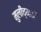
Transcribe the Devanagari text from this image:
मुलीच्याही